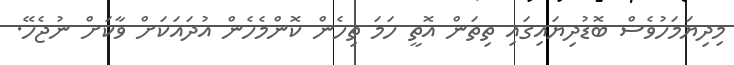
މިދިޔަމަހުވެސް ބޮޑުދިޔައިގައި ތިތަން އޮތީ ހަމަ ތިހެން ކޮންމެހެން އުދަައަކަށް ވާކަށް ނުޖެހޭ.